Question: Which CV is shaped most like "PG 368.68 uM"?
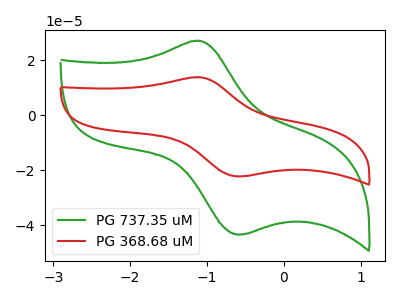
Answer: <think>The green curve "PG 737.35 uM" has an anodic peak at (-1.10V, 27.10uA) and a cathodic peak at (-0.55V, -43.25uA). The red curve "PG 368.68 uM" has an anodic peak at (-1.10V, 13.85uA) and a cathodic peak at (-0.55V, -22.10uA).
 All the peaks in "PG 737.35 uM" have a peak in "PG 368.68 uM" at the same potential. Every peak in "PG 737.35 uM" is higher than every peak in "PG 368.68 uM".</think>
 <answer>The CV with the most similar shape to "PG 737.35 uM" is "PG 368.68 uM".</answer>
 <eval>"PG 368.68 uM"</eval>